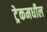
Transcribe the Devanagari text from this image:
ट्रेकमधील